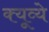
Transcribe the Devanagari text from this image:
क्यूव्ये